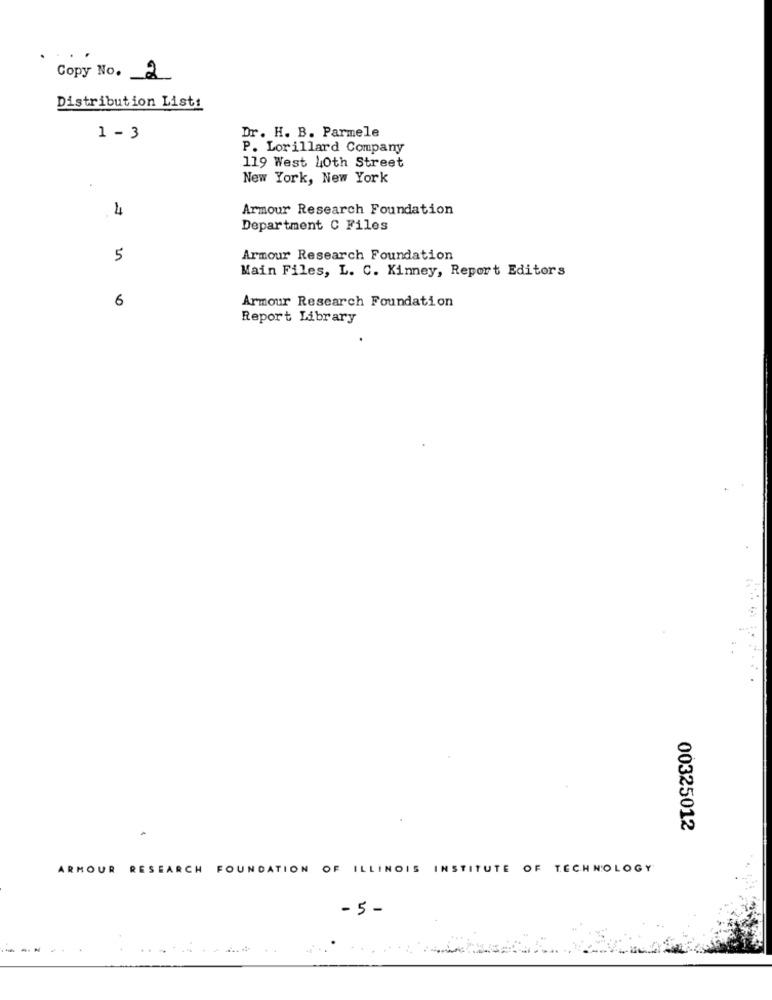
Copy No. 2
Distribution List:
1 - 3
Dr. H. B. Parmele
P. Lorillard Company
119 West 40th Street
New York, New York
4
Armour Research Foundation
Department C Files
5
Armour Research Foundation
Main Files, L. C. Kinney, Report Editors
6
Armour Research Foundation
Report Library
00325012
ARMOUR RESEARCH FOUNDATION OF ILLINOIS INSTITUTE OF TECHNOLOGY
- 5 -